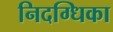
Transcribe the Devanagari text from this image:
निदग्धिका